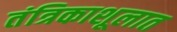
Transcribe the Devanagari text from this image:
तंत्रिकाशूलात